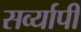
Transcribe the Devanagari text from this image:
सर्व्यापी